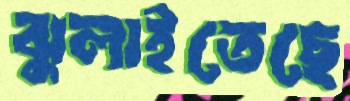
ঝুলাইতেছে